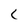
Character: r